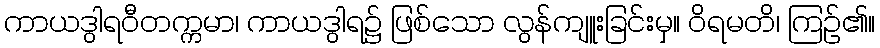
ကာယဒွါရဝီတက္ကမာ၊ ကာယဒွါရ၌ ဖြစ်သော လွန်ကျူးခြင်းမှ။ ဝိရမတိ၊ ကြဉ်၏။